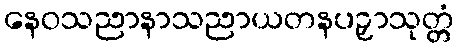
နေဝသညာနာသညာယတနပဉှာသုတ္တံ